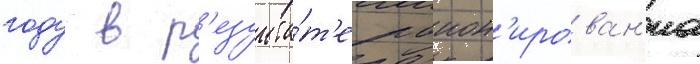
году в р'езульта́т'е раион'ирован'иа